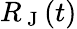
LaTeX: R_{\mathrm{~J~}}(t)